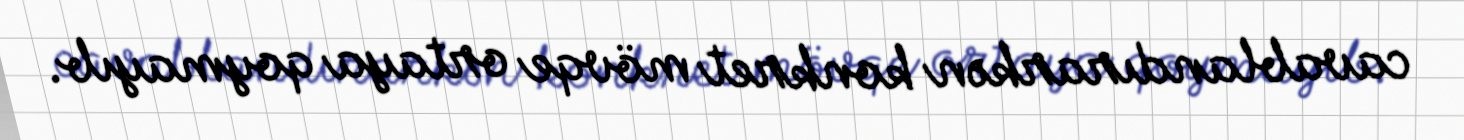
cavablandırarkən konkret mövqe ortaya qoymayıb.